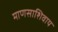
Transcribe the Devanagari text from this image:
माणसाशिवाय